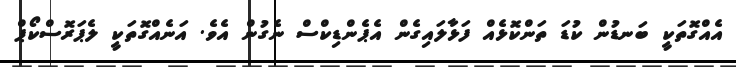
އެއްގޮތަކީ ބަނޑުން ކުޑަ ތަންކޮޅެއް ފަޅާލައިގެން އެޕެންޑިކްސް ނެގުން އެވެ. އަނެއްގޮތަކީ ލެޕަރޮސްކޯޕް